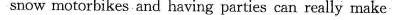
snow motorbikes and having parties can really make